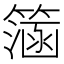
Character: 𥲌